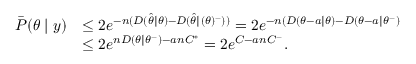
\begin{array} { r l } { \bar { P } ( \theta \mid y ) } & { \leq 2 e ^ { - n ( D ( \hat { \theta } \| \theta ) - D ( \hat { \theta } \| ( \theta ) ^ { - } ) ) } = 2 e ^ { - n ( D ( \theta - a \| \theta ) - D ( \theta - a \| \theta ^ { - } ) } } \\ & { \leq 2 e ^ { n D ( \theta \| \theta ^ { - } ) - a n C ^ { * } } = 2 e ^ { C - a n C ^ { - } } . } \end{array}